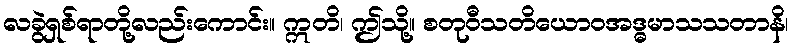
လခွဲရှစ်ရာတို့လည်းကောင်း။ ဣတိ၊ ဤသို့။ စတုဝီသတိယောဝအဒ္ဓမာသသတာနိ၊